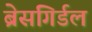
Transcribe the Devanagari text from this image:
ब्रेसगिर्डल